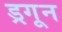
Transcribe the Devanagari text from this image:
ड्रगून